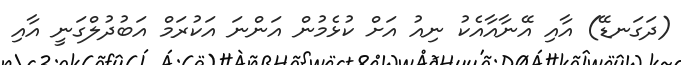
(ދަގަނޑޭ) އާއި އޭނާއާއެކު ނިއު އަށް ކުޅެމުން އަންނަ އަކުރަމް އަބުދުލްގަނީ އާއި